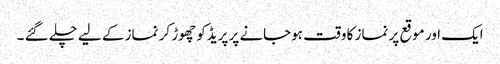
ایک اور موقع پر نماز کا وقت ہوجانے پر پریڈکو چھوڑ کر نماز کے لیے چلے گئے ۔